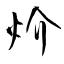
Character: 炌